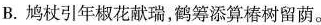
B.鸠杖引年椒花献瑞，鹤筹添算椿树留荫。